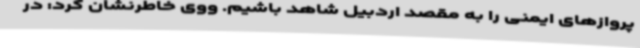
پروازهای ایمنی را به مقصد اردبیل شاهد باشیم. ووی خاطرنشان کرد: در